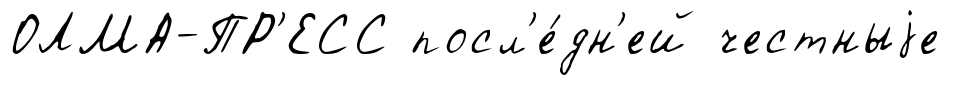
ОЛМА-ПР'ЕСС посл'е́дн'ей честныjе